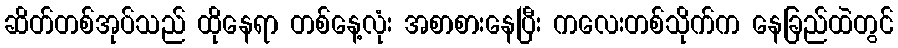
ဆိတ်တစ်အုပ်သည် ထိုနေရာ တစ်နေ့လုံး အစာစားနေပြီး ကလေးတစ်သိုက်က နေခြည်ထဲတွင်